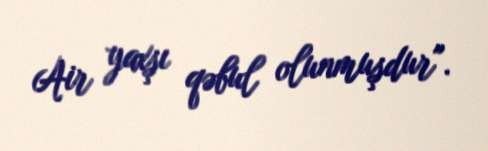
Air yaxşı qəbul olunmuşdur".